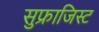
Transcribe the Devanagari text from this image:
सुफ्राजिस्ट